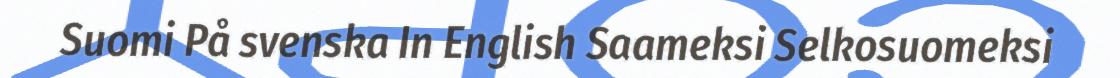
Suomi På svenska In English Saameksi Selkosuomeksi